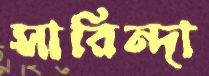
সারিন্দা